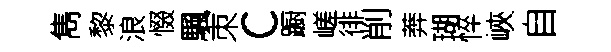
雋黎浪惙颿朿c蹰嵯徘削莾瑚悴峽自